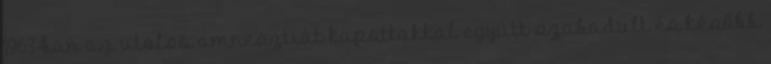
1963-ban az utolsó amnesztiát kapottakkal együtt szabadult és később